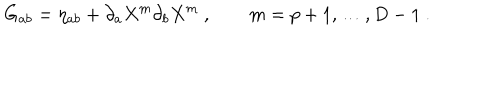
G _ { a b } = \eta _ { a b } + \partial _ { a } X ^ { m } \partial _ { b } X ^ { m } \ , \qquad m = p + 1 , \ldots , D - 1 \ .